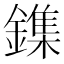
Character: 鏶